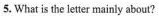
5. What is the letter mainly about?